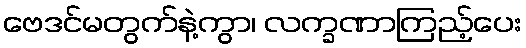
ဗေဒင်မတွက်နဲ့ကွာ၊ လက္ခဏာကြည့်ပေး